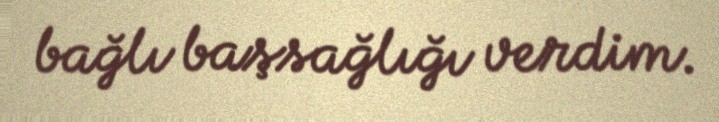
bağlı başsağlığı verdim.